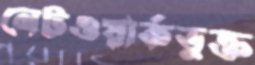
নেটওয়ার্কভুক্ত